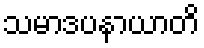
သမာဒပနာယာတိ